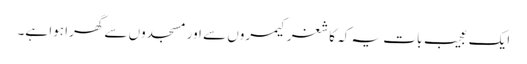
ایک عجیب بات یہ کہ کاشغر کیمروں سے اور مسجدوں سے گھرا ہوا ہے۔